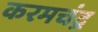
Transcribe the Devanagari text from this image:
करमचंद्र